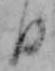
日